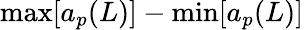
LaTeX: \operatorname*{max}[a_{p}(L)]-\operatorname*{min}[a_{p}(L)]